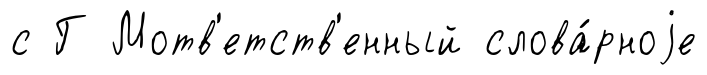
с Г Мотв'етств'енный слова́рноjе